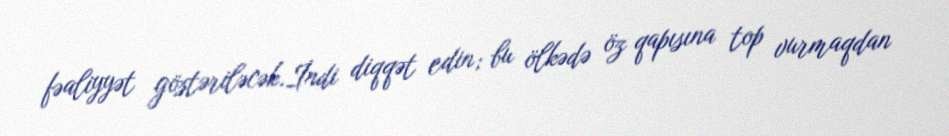
fəaliyyət göstəriləcək.İndi diqqət edin; bu ölkədə öz qapısına top vurmaqdan